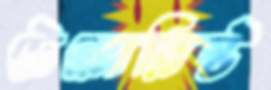
টেরোরিস্ট